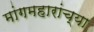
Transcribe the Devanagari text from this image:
मांगमहारांच्या